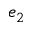
e _ { 2 }